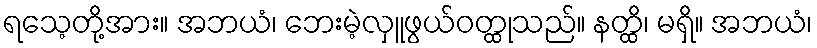
ရသေ့တို့အား။ အဘယံ၊ ဘေးမဲ့လှူဖွယ်ဝတ္ထုသည်။ နတ္ထိ၊ မရှိ။ အဘယံ၊